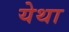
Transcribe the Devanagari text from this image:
येथा